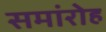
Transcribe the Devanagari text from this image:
समांरोह